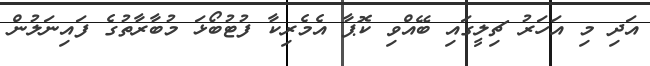
އަދި މި އަހަރު ޗިލީގައި ބޭއްވި ކޮޕާ އެމެރިކާ ފުޓުބޯޅަ މުބާރާތުގެ ފައިނަލުން